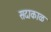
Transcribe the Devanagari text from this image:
सदाकाळ